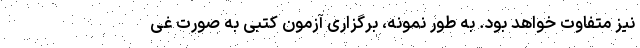
نیز متفاوت خواهد بود. به طور نمونه، برگزاری آزمون کتبی به صورت غی